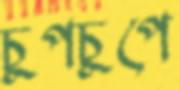
চুপচুপে